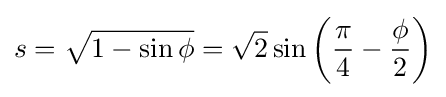
s={\sqrt {1-\sin \phi }}={\sqrt {2}}\sin \left({\frac {\pi }{4}}-{\frac {\phi }{2}}\right)